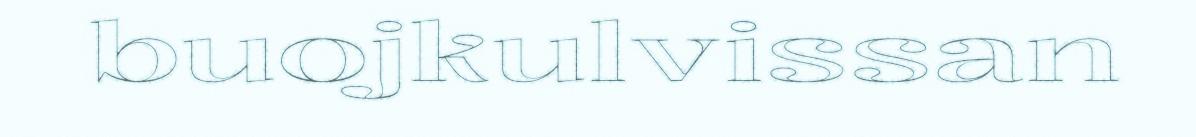
buojkulvissan